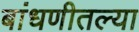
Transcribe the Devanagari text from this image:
बांधणीतल्या